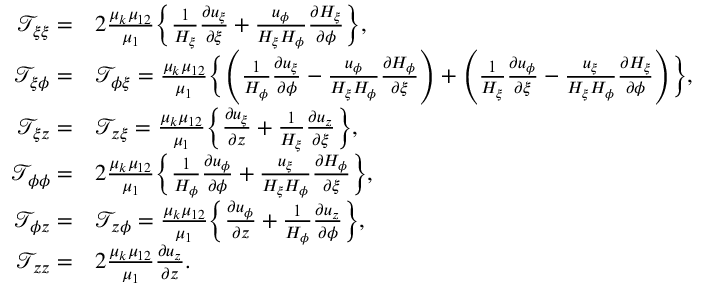
\begin{array} { r l } { \mathcal { T } _ { \xi \xi } = } & { 2 \frac { \mu _ { k } \mu _ { 1 2 } } { \mu _ { 1 } } \biggl \{ \frac { 1 } { H _ { \xi } } \frac { \partial u _ { \xi } } { \partial \xi } + \frac { u _ { \phi } } { H _ { \xi } H _ { \phi } } \frac { \partial H _ { \xi } } { \partial \phi } \biggr \} , } \\ { \mathcal { T } _ { \xi \phi } = } & { \mathcal { T } _ { \phi \xi } = \frac { \mu _ { k } \mu _ { 1 2 } } { \mu _ { 1 } } \biggl \{ \left( \frac { 1 } { H _ { \phi } } \frac { \partial u _ { \xi } } { \partial \phi } - \frac { u _ { \phi } } { H _ { \xi } H _ { \phi } } \frac { \partial H _ { \phi } } { \partial \xi } \right) + \left( \frac { 1 } { H _ { \xi } } \frac { \partial u _ { \phi } } { \partial \xi } - \frac { u _ { \xi } } { H _ { \xi } H _ { \phi } } \frac { \partial H _ { \xi } } { \partial \phi } \right) \biggr \} , } \\ { \mathcal { T } _ { \xi z } = } & { \mathcal { T } _ { z \xi } = \frac { \mu _ { k } \mu _ { 1 2 } } { \mu _ { 1 } } \biggl \{ \frac { \partial u _ { \xi } } { \partial z } + \frac { 1 } { H _ { \xi } } \frac { \partial u _ { z } } { \partial \xi } \biggr \} , } \\ { \mathcal { T } _ { \phi \phi } = } & { 2 \frac { \mu _ { k } \mu _ { 1 2 } } { \mu _ { 1 } } \biggl \{ \frac { 1 } { H _ { \phi } } \frac { \partial u _ { \phi } } { \partial \phi } + \frac { u _ { \xi } } { H _ { \xi } H _ { \phi } } \frac { \partial H _ { \phi } } { \partial \xi } \biggr \} , } \\ { \mathcal { T } _ { \phi z } = } & { \mathcal { T } _ { z \phi } = \frac { \mu _ { k } \mu _ { 1 2 } } { \mu _ { 1 } } \biggl \{ \frac { \partial u _ { \phi } } { \partial z } + \frac { 1 } { H _ { \phi } } \frac { \partial u _ { z } } { \partial \phi } \biggr \} , } \\ { \mathcal { T } _ { z z } = } & { 2 \frac { \mu _ { k } \mu _ { 1 2 } } { \mu _ { 1 } } \frac { \partial u _ { z } } { \partial z } . } \end{array}